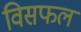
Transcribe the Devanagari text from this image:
विसफल